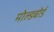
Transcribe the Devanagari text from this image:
मोल्डबोर्ड